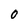
Character: 0